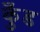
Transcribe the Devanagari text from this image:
कुँड